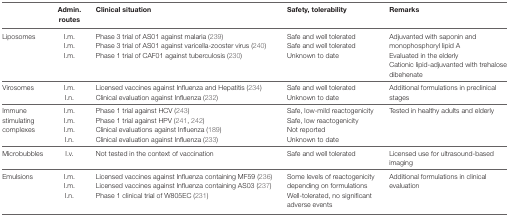
<table><thead><tr><td></td><td><b>Admin. routes</b></td><td><b>Clinical situation</b></td><td><b>Safety, tolerability</b></td><td><b>Remarks</b></td></tr></thead><tbody><tr><td>Liposomes</td><td>I.m.I.m.I.m.</td><td>Phase 3 trial of AS01 against malaria (239)Phase 3 trial of AS01 against varicella-zooster virus (240)Phase 1 trial of CAF01 against tuberculosis (230)</td><td>Safe and well toleratedSafe and well toleratedUnknown to date</td><td>Adjuvanted with saponin and monophosphoryl lipid AEvaluated in the elderlyCationic lipid-adjuvanted with trehalose dibehenate</td></tr><tr><td>Virosomes</td><td>I.m.I.n.</td><td>Licensed vaccines against Influenza and Hepatitis (234)Clinical evaluation against Influenza (232)</td><td>Safe and well toleratedUnknown to date</td><td>Additional formulations in preclinical stages</td></tr><tr><td>Immune stimulating complexes</td><td>I.m.I.m.I.m.I.n.</td><td>Phase 1 trial against HCV (243)Phase 1 trial against HPV (241, 242)Clinical evaluations against Influenza (189)Clinical evaluation against Influenza (233)</td><td>Safe, low-mild reactogenicitySafe, low reactogenicityNot reportedUnknown to date</td><td>Tested in healthy adults and elderly</td></tr><tr><td>Microbubbles</td><td>I.v.</td><td>Not tested in the context of vaccination</td><td>Safe and well tolerated</td><td>Licensed use for ultrasound-based imaging</td></tr><tr><td>Emulsions</td><td>I.m.I.m.I.n.</td><td>Licensed vaccines against Influenza containing MF59 (236)Licensed vaccines against Influenza containing AS03 (237)Phase 1 clinical trial of W805EC (231)</td><td>Some levels of reactogenicity depending on formulationsWell-tolerated, no significant adverse events</td><td>Additional formulations in clinical evaluation</td></tr></tbody></table>